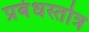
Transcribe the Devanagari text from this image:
प्रबंधस्तोत्र